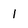
Character: 1